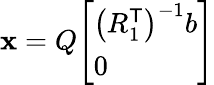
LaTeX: \mathbf{x}=Q{\left[\begin{array}{l}{\left(R_{1}^{\textsf{T}}\right)^{-1}b}\\ {0}\end{array}\right]}